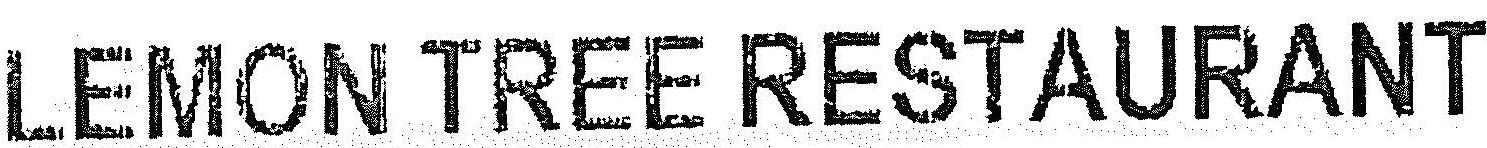
LEMON TREE RESTAURANT